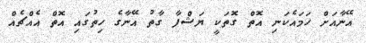
އޭނާއަށް ހަމައެކަނި އޮތް ގޮތަކީ ޔަޝްފާ ގާތު އޭނާގެ ހިތުގައި އޮތް އެއްޗެއް